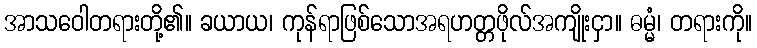
အာသဝေါတရားတို့၏။ ခယာယ၊ ကုန်ရာဖြစ်သောအရဟတ္တဖိုလ်အကျိုးငှာ။ ဓမ္မံ၊ တရားကို။